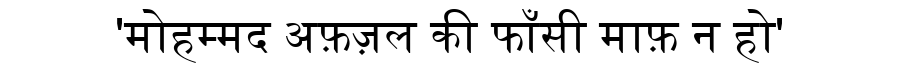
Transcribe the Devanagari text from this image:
'मोहम्मद अफ़ज़ल की फाँसी माफ़ न हो'